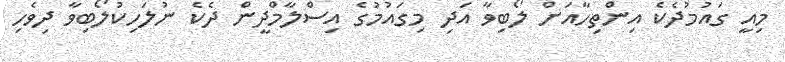
މިއީ ގައުމުދެކެ އިންތިހާއަށް ލޯބިވާ އަދި މިގައުމުގެ އިސްލާމްދީން ދެކެ ނުލަހިކުލޯބިވާ ދިވެހި